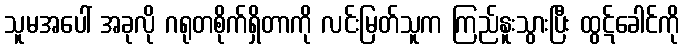
သူမအပေါ် အခုလို ဂရုတစိုက်ရှိတာကို လင်းမြတ်သူက ကြည်နူးသွားပြီး ထွဋ်ခေါင်ကို